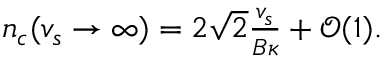
\begin{array} { r } { n _ { c } ( v _ { s } \to \infty ) = 2 \sqrt { 2 } \frac { v _ { s } } { B \kappa } + \mathcal { O } ( 1 ) . } \end{array}